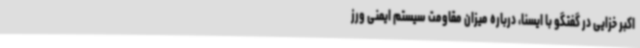
اکبر خزایی در گفتگو با ایسنا، درباره میزان مقاومت سیستم ایمنی ورز